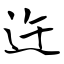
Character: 迕